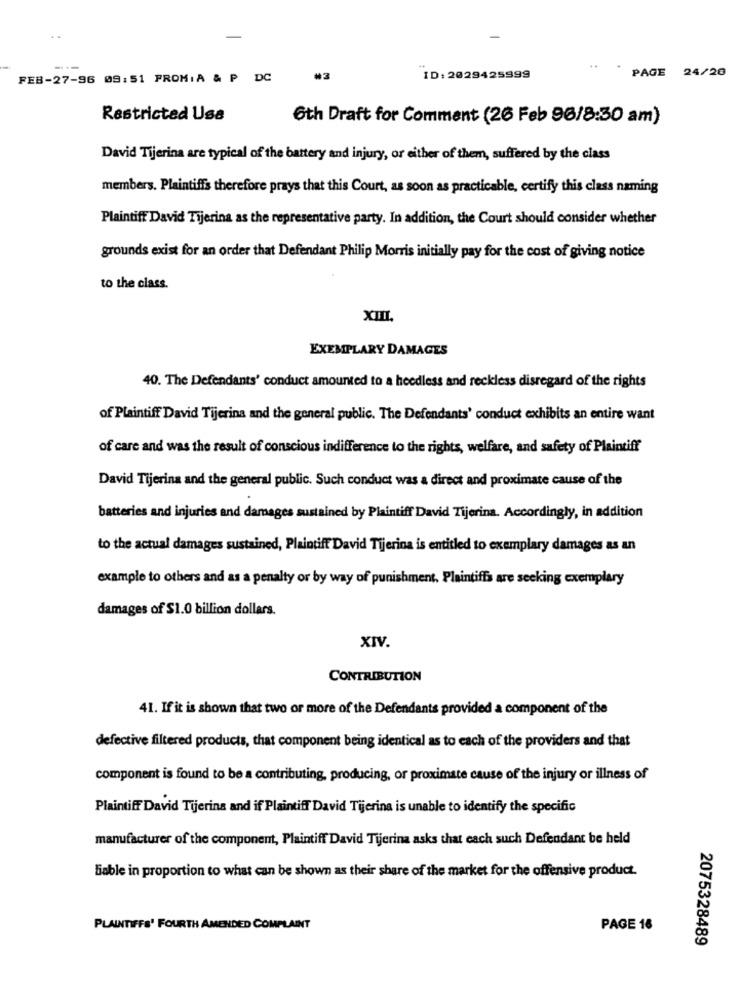
..
PAGE 24/20
FEB-27-96 09:51 PROMI A & P DC
#3
ID: 2029425999
Restricted Usa
6th Draft for Comment (26 Feb 96/8:30 am)
David Tijerina are typical of the battery and injury, or either of them, suffered by the class
members. Plaintiffs therefore prays that this Court, as soon as practicable, certify this class naming
Plaintiff David Tijerina as the representative party. In addition, the Court should consider whether
grounds exist for an order that Defendant Philip Morris initially pay for the cost of giving notice
to the class.
TIIX
EXEMPLARY DAMAGES
40. The Defendants' conduct amounted to a heedless and reckless disregard of the rights
of Plaintiff David Tijerina and the general public. The Defendants' conduct exhibits an entire want
of care and was the result of conscious indifference to the rights, welfare, and safety of Plaintiff
David Tijerina and the general public. Such conduct was a direct and proximate cause of the
batteries and injuries and damages sustained by Plaintiff David Tijerina. Accordingly, in addition
to the actual damages sustained, Plaintiff David Tijerina is entitled to exemplary damages as an
example to others and as a penalty or by way of punishment. Plaintiffs are seeking exemplary
damages of $1.0 billion dollars.
XIV.
CONTRIBUTION
41. If it is shown that two or more of the Defendants provided a component of the
defective filtered products, that component being identical as to each of the providers and that
component is found to be a contributing, producing, or proximate cause of the injury or illness of
Plaintiff David Tijerina and if Plaintiff David Tijerina is unable to identify the specific
manufacturer of the component, Plaintiff David Tijerina asks that each such Defendant be held
Sable in proportion to what can be shown as their share of the market for the offensive product.
PLAINTIFFS' FOURTH AMENDED COMPLAINT
PAGE 16
2075328489